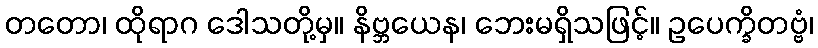
တတော၊ ထိုရာဂ ဒေါသတို့မှ။ နိဗ္ဘယေန၊ ဘေးမရှိသဖြင့်။ ဥပေက္ခိတဗ္ဗံ၊